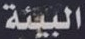
البيئة